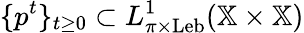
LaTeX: \{ p^{t}\} _{t\geq 0}\subset L_{\pi\times\mathrm{Leb}}^{1}(\mathbb{X}\times\mathbb{X})